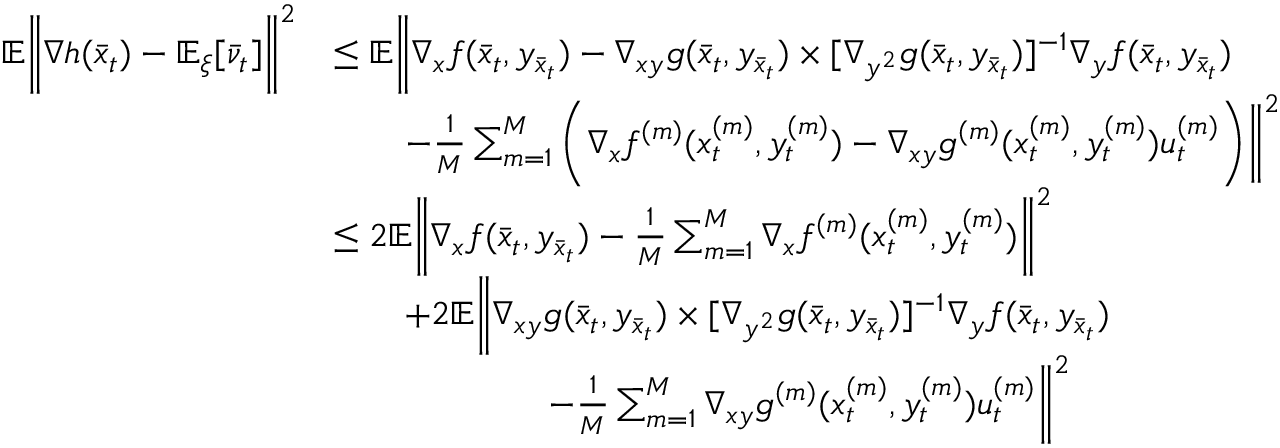
\begin{array} { r l } { \mathbb { E } \bigg \| \nabla h ( \bar { x } _ { t } ) - \mathbb { E } _ { \xi } [ \bar { \nu } _ { t } ] \bigg \| ^ { 2 } } & { \leq \mathbb { E } \bigg \| \nabla _ { x } f ( \bar { x } _ { t } , y _ { \bar { x } _ { t } } ) - \nabla _ { x y } g ( \bar { x } _ { t } , y _ { \bar { x } _ { t } } ) \times [ \nabla _ { y ^ { 2 } } g ( \bar { x } _ { t } , y _ { \bar { x } _ { t } } ) ] ^ { - 1 } \nabla _ { y } f ( \bar { x } _ { t } , y _ { \bar { x } _ { t } } ) } \\ & { \qquad - \frac { 1 } { M } \sum _ { m = 1 } ^ { M } \bigg ( \nabla _ { x } f ^ { ( m ) } ( x _ { t } ^ { ( m ) } , y _ { t } ^ { ( m ) } ) - \nabla _ { x y } g ^ { ( m ) } ( x _ { t } ^ { ( m ) } , y _ { t } ^ { ( m ) } ) u _ { t } ^ { ( m ) } \bigg ) \bigg \| ^ { 2 } } \\ & { \leq 2 \mathbb { E } \bigg \| \nabla _ { x } f ( \bar { x } _ { t } , y _ { \bar { x } _ { t } } ) - \frac { 1 } { M } \sum _ { m = 1 } ^ { M } \nabla _ { x } f ^ { ( m ) } ( x _ { t } ^ { ( m ) } , y _ { t } ^ { ( m ) } ) \bigg \| ^ { 2 } } \\ & { \qquad + 2 \mathbb { E } \bigg \| \nabla _ { x y } g ( \bar { x } _ { t } , y _ { \bar { x } _ { t } } ) \times [ \nabla _ { y ^ { 2 } } g ( \bar { x } _ { t } , y _ { \bar { x } _ { t } } ) ] ^ { - 1 } \nabla _ { y } f ( \bar { x } _ { t } , y _ { \bar { x } _ { t } } ) } \\ & { \qquad \qquad \qquad - \frac { 1 } { M } \sum _ { m = 1 } ^ { M } \nabla _ { x y } g ^ { ( m ) } ( x _ { t } ^ { ( m ) } , y _ { t } ^ { ( m ) } ) u _ { t } ^ { ( m ) } \bigg \| ^ { 2 } } \end{array}